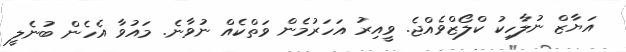
އަޔާޒް ނުލާހިކު ކްލޯޒްވެއްޖެ. ވީއިރު އަހަރުމެން ވަތްކެއް ނުވާނެ. މައުވާ އެހެން ބުނެލީ